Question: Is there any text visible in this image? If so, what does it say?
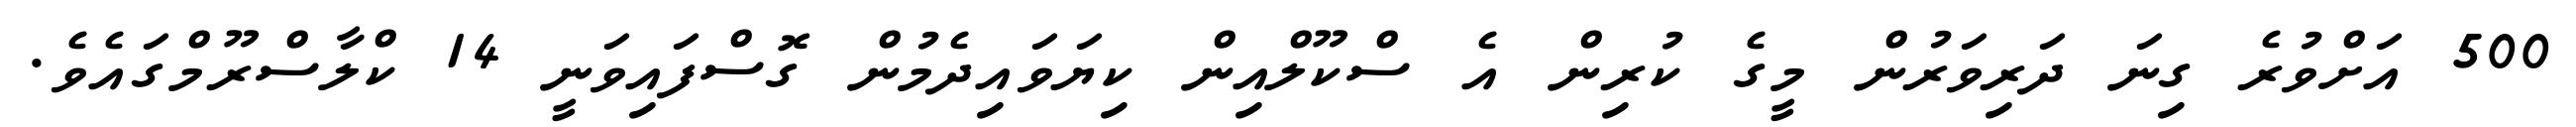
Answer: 500 އަށްވުރެ ގިނަ ދަރިވަރުން މީގެ ކުރިން އެ ސްކޫލްއިން ކިޔަވައިދެމުން ގޮސްފައިވަނީ 14 ކްލާސްރޫމްގައެވެ.